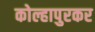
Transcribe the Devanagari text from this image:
कोल्हापुरकर